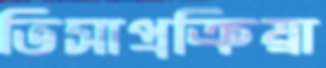
ভিসাপ্রক্রিয়া